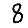
Digit: 8